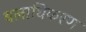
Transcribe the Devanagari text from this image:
बलाधिकरण